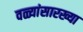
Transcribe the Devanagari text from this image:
वळ्यांसारख्या